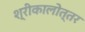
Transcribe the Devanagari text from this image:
श्रीकालोत्तर